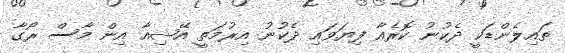
ތައިލެންޑަކީ ދެކުނު ކޮރެއާ ފިޔަވައި ދެކުނު އިރުމަތީ އޭޝިއާ އިން މާސް ރޯގާ